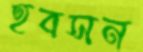
হবসন